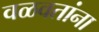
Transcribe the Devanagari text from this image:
वळवतांना